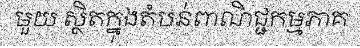
មួយ ស្ថិតក្នុងតំបន់ពាណិជ្ជកម្មភាគ